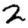
Digit: 2